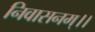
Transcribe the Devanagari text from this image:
निवासनम्।।